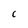
Character: C